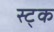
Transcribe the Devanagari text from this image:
स्ट्क